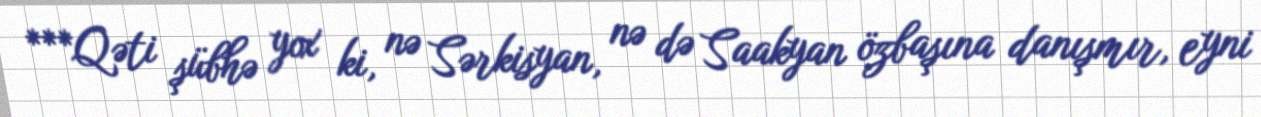
***Qəti şübhə yox ki, nə Sərkisyan, nə də Saakyan özbaşına danışmır, eyni